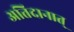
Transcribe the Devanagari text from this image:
अतिदानात्